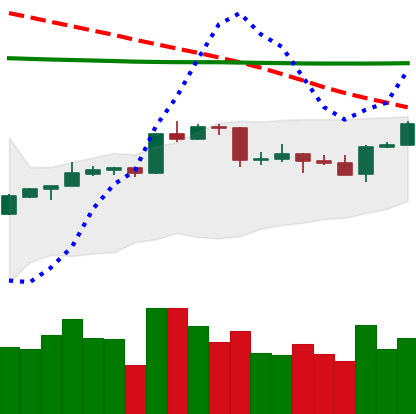
Ticker: ADA-USD
Chart end date: 2020-04-18
Forward return: 11.085%
Label: up_7plus